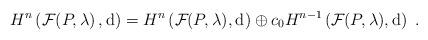
LaTeX: \begin{align*}H^{n}\left(\mathcal{F}(P,\lambda\right),\mathrm{d})=H^{n}\left(\mathcal{F}_{}(P,\lambda),\mathrm{d}_{}\right)\oplus c_0H^{n-1}\left(\mathcal{F}_{}(P,\lambda),\mathrm{d}_{}\right)\;.\end{align*}